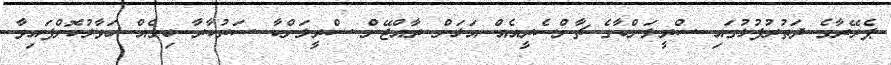
ޕެރޭރާގެ ދަތުރުފުޅުގައި ސްރީލަންކާގެ ޗާންސެރީއެއް އަޅަން ރާއްޖޭން ސްރީލަންކާ ސަރުކާރާ ބިމެއް ހަވާލުކޮށްފައިވާ